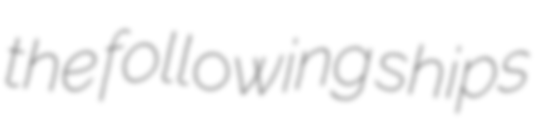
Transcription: the following ships